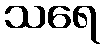
သရေ